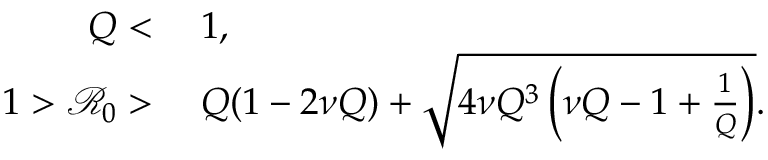
\begin{array} { r l } { Q < } & { { } \; 1 , } \\ { 1 > \mathcal { R } _ { 0 } > } & { { } \; Q ( 1 - 2 \nu Q ) + \sqrt { 4 \nu Q ^ { 3 } \left( \nu Q - 1 + \frac { 1 } { Q } \right) } . } \end{array}